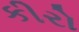
કીરો